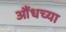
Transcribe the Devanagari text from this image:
औंधच्या